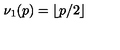
\nu _ { 1 } ( p ) = \lfloor p / 2 \rfloor